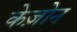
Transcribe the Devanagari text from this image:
केज़ोन